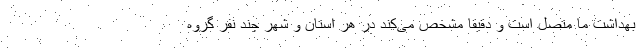
بهداشت ما متصل است و دقیقا مشخص می‌کند در هر استان و شهر چند نفر گروه